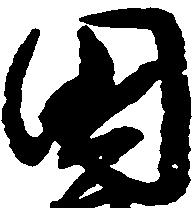
国